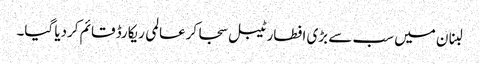
لبنان میں سب سے بڑی افطار ٹیبل سجا کرعالمی ریکارڈ قائم کردیا گیا۔